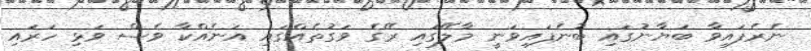
ނެރެފައިވާ ބަޔާނުގައި ބުނެފައިވަނީ މާލޭގައި ރޭގެ ވަގުތެއްގައި އަނެއްކާ ވެސް ވަޅި ހަރައި